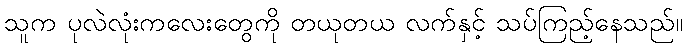
သူက ပုလဲလုံးကလေးတွေကို တယုတယ လက်နှင့် သပ်ကြည့်နေသည်။